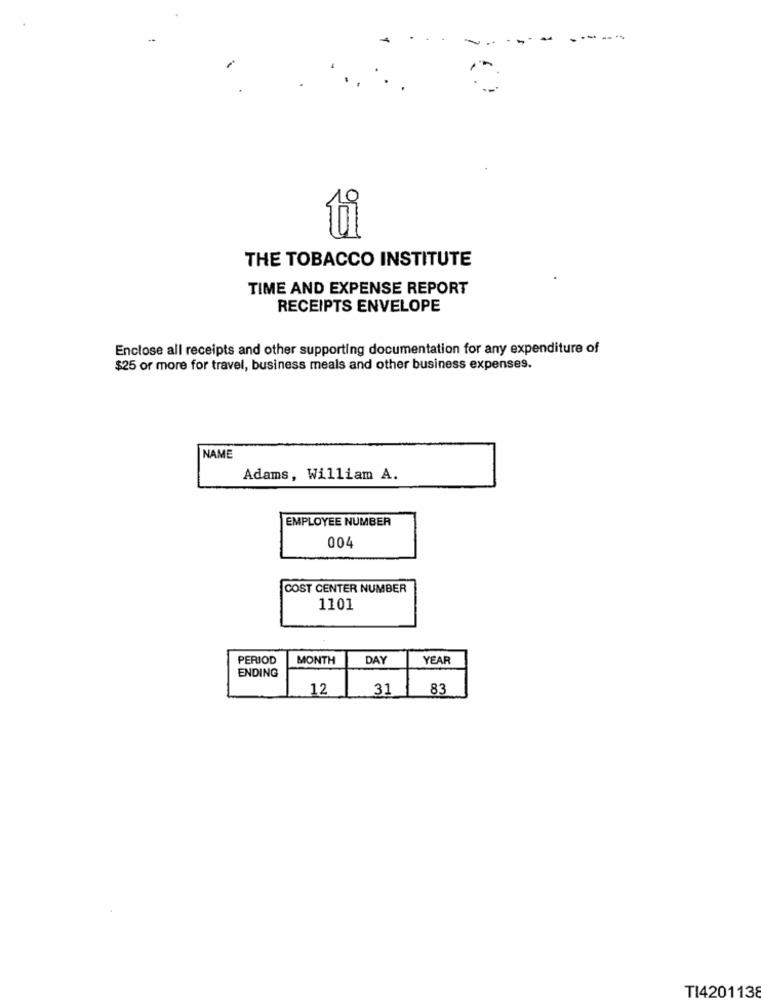
ti
THE TOBACCO INSTITUTE
TIME AND EXPENSE REPORT
RECEIPTS ENVELOPE
Enclose all receipts and other supporting documentation for any expenditure of
$25 or more for travel, business meals and other business expenses.
NAME
Adams, William A.
EMPLOYEE NUMBER
004
COST CENTER NUMBER
1101
PERIOD
MONTH
DAY
YEAR
ENDING
12
31
83
TI4201138